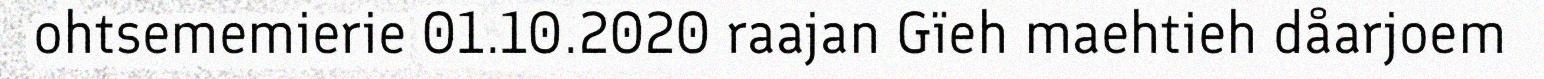
ohtsememierie 01.10.2020 raajan Gïeh maehtieh dåarjoem